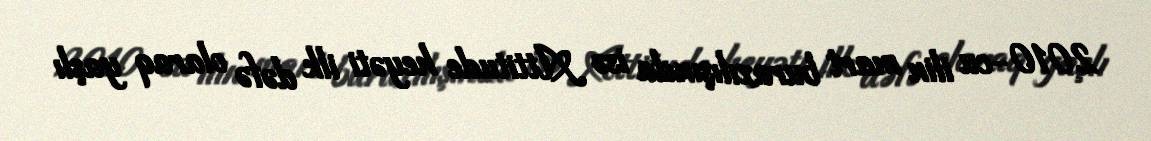
2010-cu ilin mart buraxılışında isə Attitude heyəti ilk dəfə olaraq yaşlı